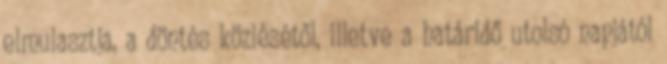
elmulasztja, a döntés közlésétől, illetve a határidő utolsó napjától